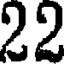
22